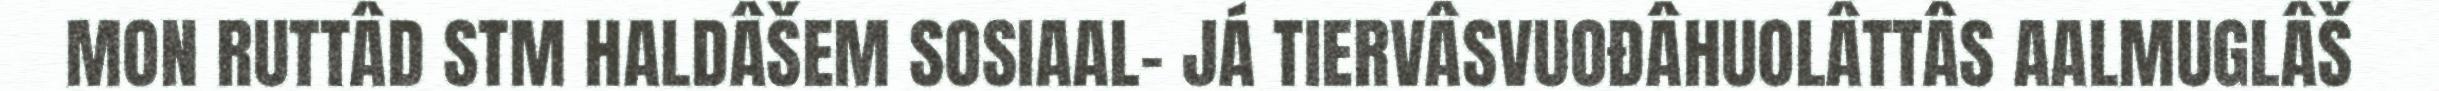
MON RUTTÂD STM HALDÂŠEM SOSIAAL- JÁ TIERVÂSVUOĐÂHUOLÂTTÂS AALMUGLÂŠ